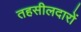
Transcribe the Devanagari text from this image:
तहसीलदारों